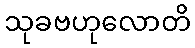
သုခဗဟုလောတိ